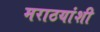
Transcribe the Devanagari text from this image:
मराठयांशी